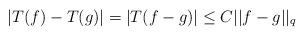
LaTeX: \begin{align*}|T(f)-T(g)| = |T(f-g)| \leq C ||f-g||_{q}\end{align*}